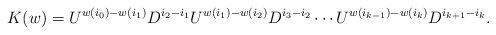
\begin{align*} K(w) = U^{w(i_0) - w(i_1)} D^{i_2 - i_1} U^{w(i_1) - w(i_2)} D^{i_3 - i_2} \cdots U^{w(i_{k-1}) - w(i_k)} D^{i_{k+1} - i_k}.\end{align*}